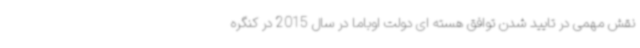
نقش مهمی در تایید شدن توافق هسته ای دولت اوباما در سال 2015 در کنگره